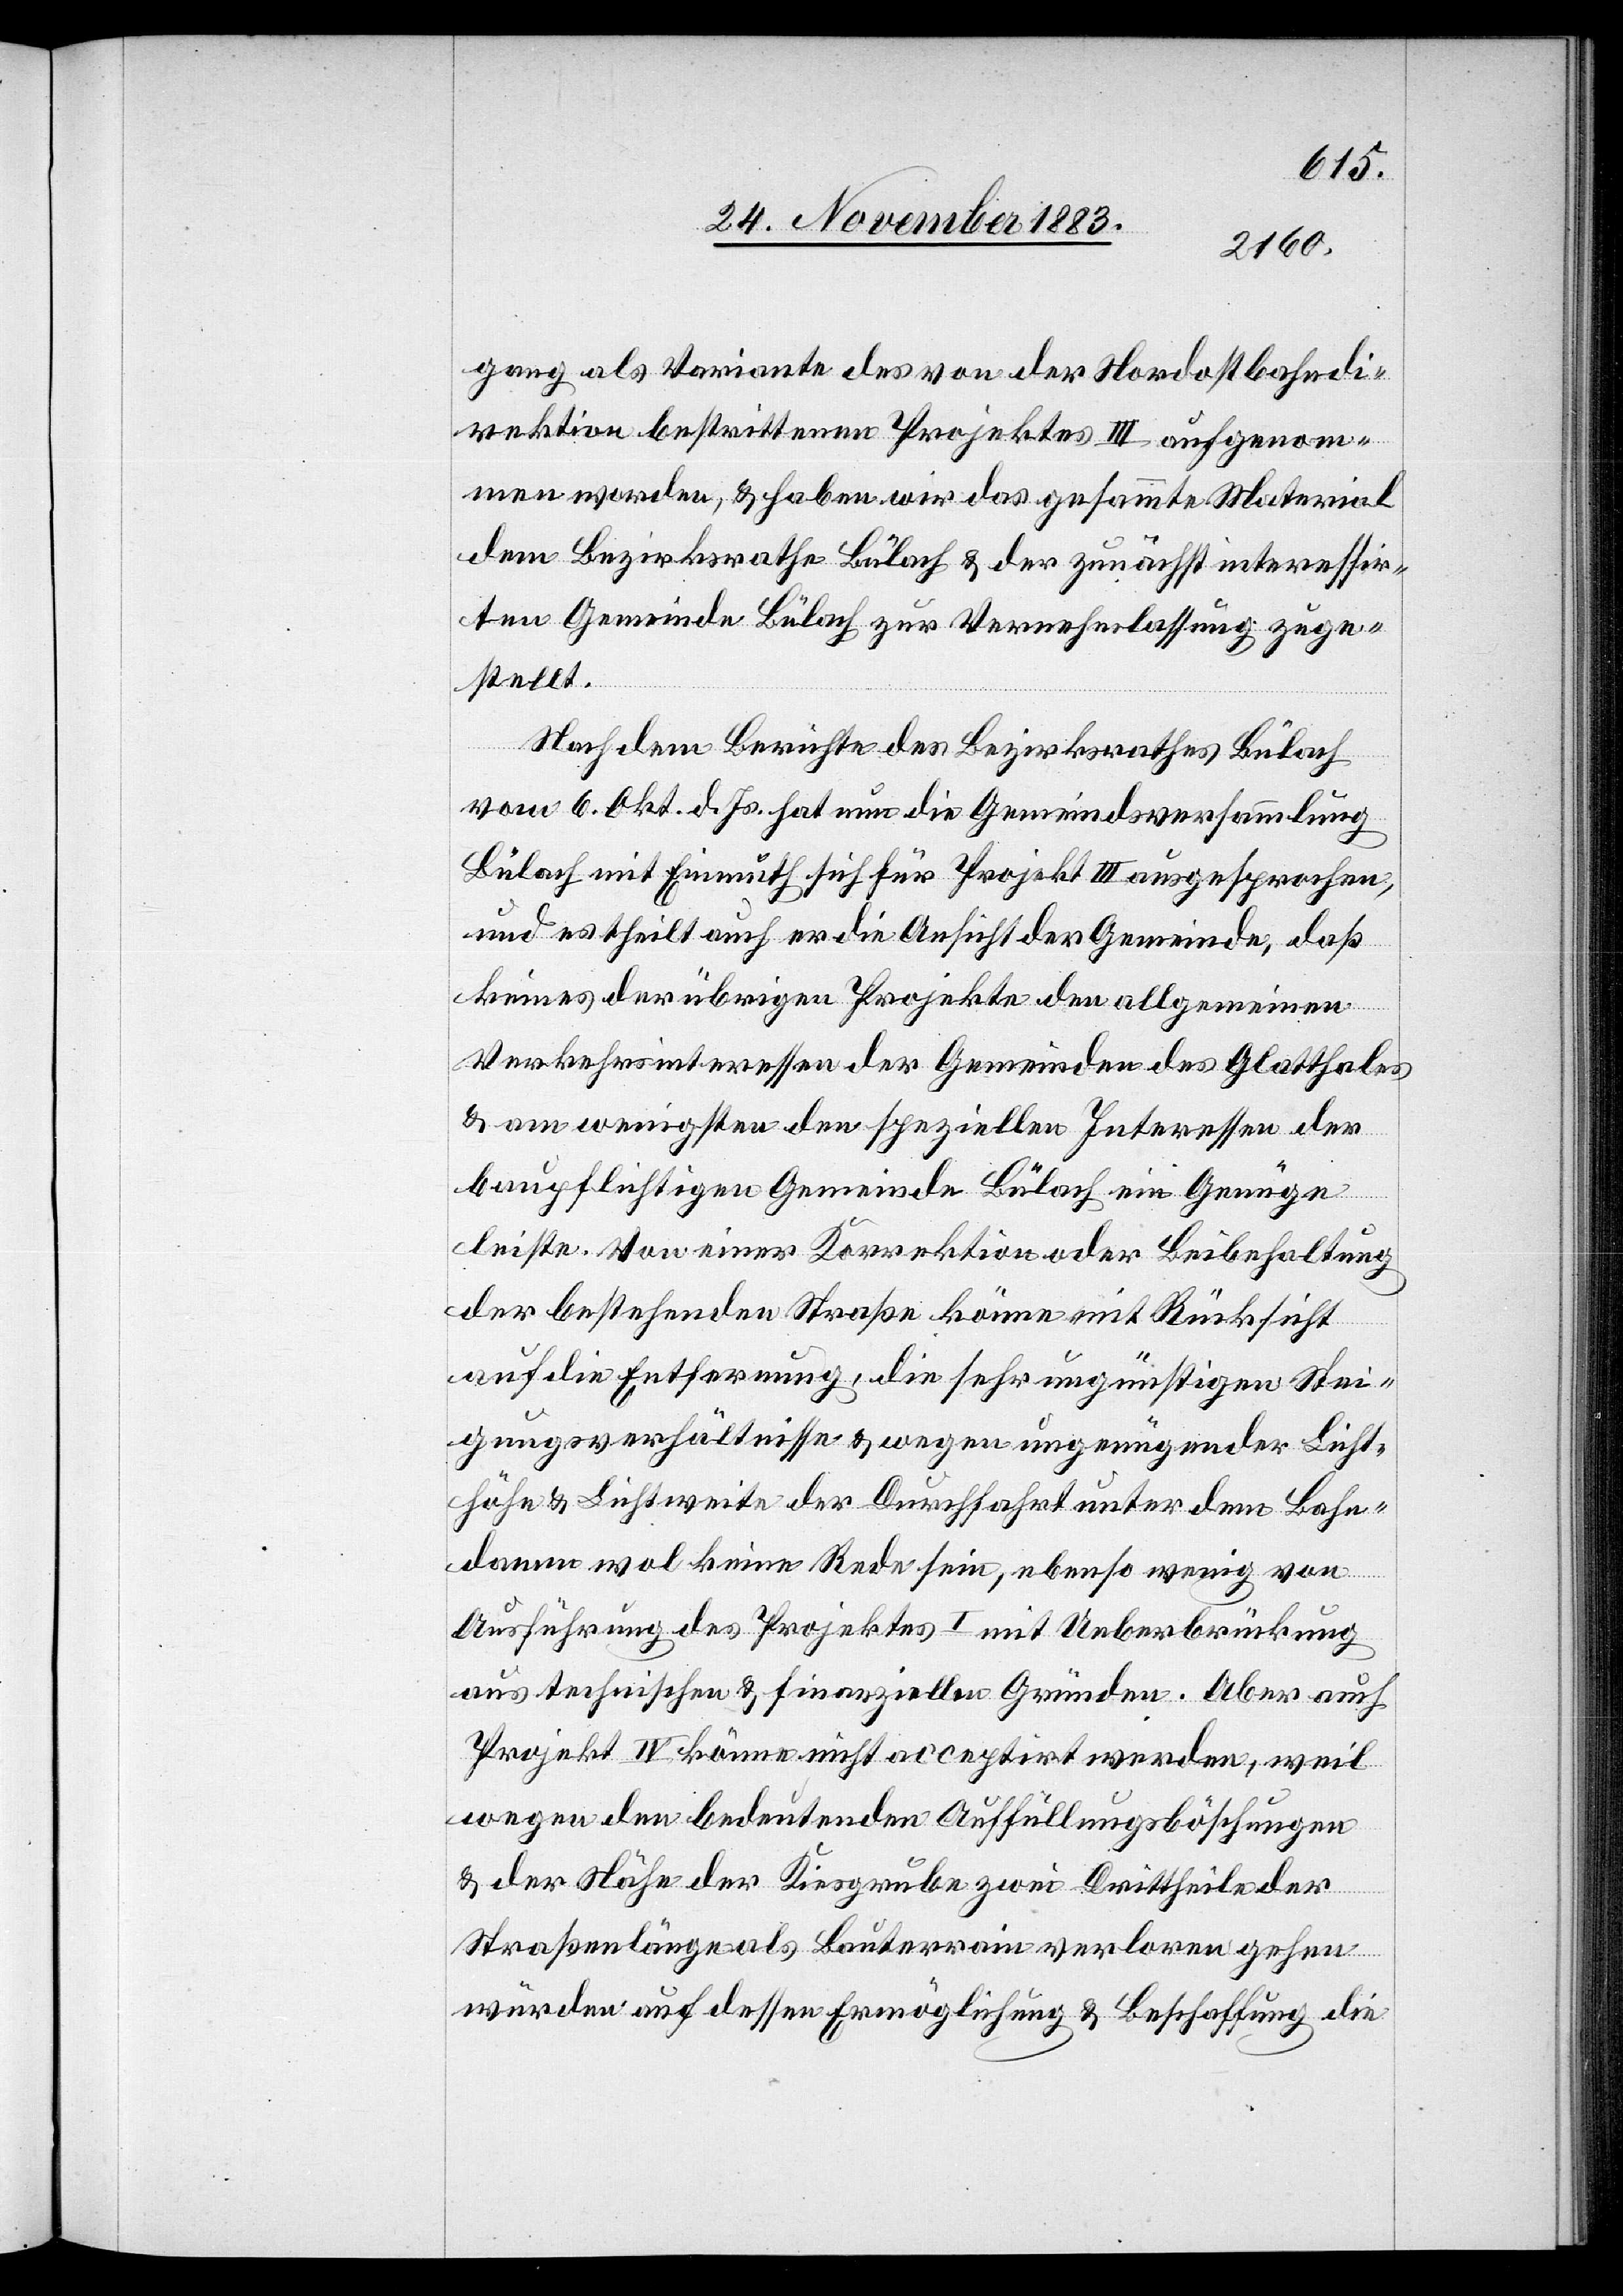
gang als Variante des von der Nordostbahndi¬
rektion bestrittenen Projektes III aufgenom¬
men worden, & haben wir das gesammte Material
dem Bezirksrathe Bülach & der zunächst interessir¬
ten Gemeinde Bülach zur Vernehmlassung zuge¬
stellt.
Nach dem Berichte des Bezirksrathes Bülach
vom 6. Okt. d. Js. hat nun die Gemeindsversammlung
Bülach mit Einmuth sich für Projekt III ausgesprochen,
und es theilt auch er die Ansicht der Gemeinde, daß
keines der übrigen Projekte den allgemeinen
Verkehrsinteressen der Gemeinden des Glatthales
& am wenigsten den speziellen Interessen der
baupflichtigen Gemeinde Bülach ein Genüge
leiste. Von einer Korrektion oder Beibehaltung
der bestehenden Straße könne mit Rücksicht
auf die Entfernung, die sehr ungünstigen Stei¬
gungsverhältnisse & der Durchfahrt unter dem Bahn¬
damm wol keine Rede sein, ebenso wenig von
Ausführung des Projektes I mit Ueberbrückung
aus technischen & finanziellen Gründen. Aber auch
Projekt IV könne nicht acceptirt werden, weil
wegen den bedeutenden Auffüllungsböschungen
& der Nähe der Kiesgrube zwei Drittheile der
Straßenlänge als Bauterrain verloren gehen
würden auf dessen Ermöglichung & Beschaffung die